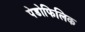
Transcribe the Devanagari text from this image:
पेडोफिलिक